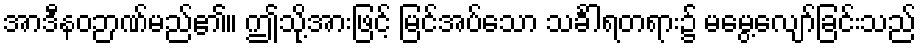
အာဒီနဝဉာဏ်မည်၏။ ဤသို့အားဖြင့် မြင်အပ်သော သင်္ခါရတရား၌ မမွေ့လျော်ခြင်းသည်